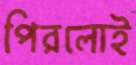
পিরলোই